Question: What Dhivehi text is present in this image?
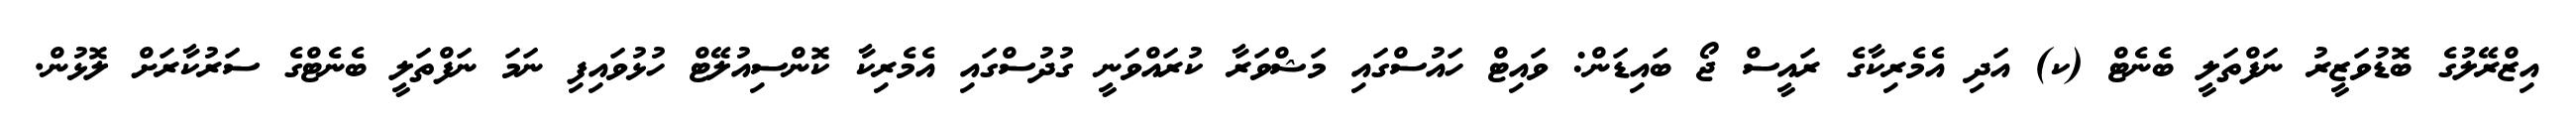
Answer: އިޒްރޭލުގެ ބޮޑުވަޒީރު ނަފްތަލީ ބެނެޓް (ކ) އަދި އެމެރިކާގެ ރައީސް ޖޯ ބައިޑަން: ވައިޓް ހައުސްގައި މަޝްވަރާ ކުރައްވަނީ ގުދުސްގައި އެމެރިކާ ކޮންސިއުލޭޓް ހުޅުވައިފި ނަމަ ނަފްތަލީ ބެނެޓްގެ ސަރުކާރަށް ލޮޅުން.